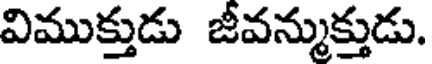
విముక్తుడు జీవన్ముక్తుడు.